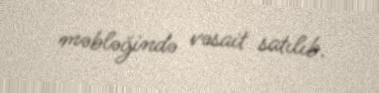
məbləğində vəsait satılıb.